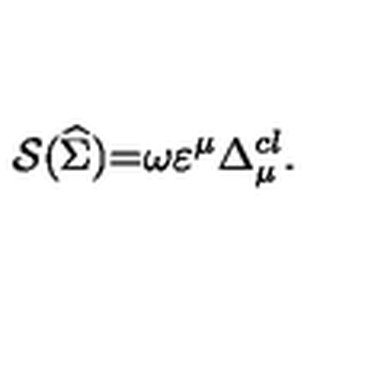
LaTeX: { \cal S } ( \widehat { \Sigma } ) { \cal = } \omega \varepsilon ^ { \mu } \Delta _ { \mu } ^ { c l } .